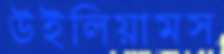
উইলিয়ামস